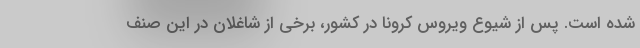
شده است. پس از شیوع ویروس کرونا در کشور، برخی از شاغلان در این صنف